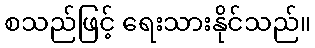
စသည်ဖြင့် ရေးသားနိုင်သည်။